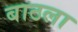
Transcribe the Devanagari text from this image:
बाठला